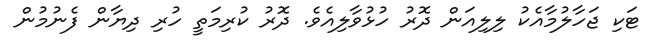
ޓަކި ޖަހާލުމާއެކު ލިލިއަން ދޮރު ހުޅުވާލިއެވެ. ދޮރު ކުރިމަތީ ހުރި ދިޔާން ފެނުމުން